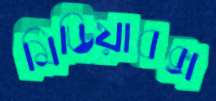
মিডিয়াবক্স